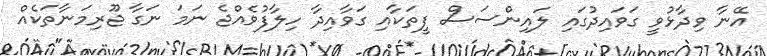
އޭނާ ވިދާޅުވީ ގަވައިދުގައި ލައިންސަސް ފީތަކާއި ގަވާއިދާ ހިލާފުވެއްޖެ ނަމަ ނަގާ ޖޫރިމަނާތަކެއް